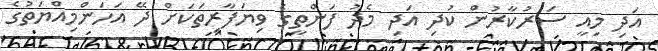
އަދި މިއީ ސަރުކާރުން ކުދި އަދި މެދު ފަންތީގެ ވިޔަފާރިތަކަށް ދޭ އަހަންމިއްޔަތުގެ